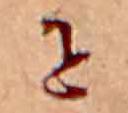
せ